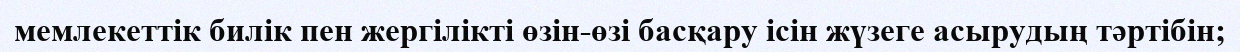
мемлекеттік билік пен жергілікті өзін-өзі басқару ісін жүзеге асырудың тәртібін;